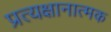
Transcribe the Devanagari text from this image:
प्रत्यक्षानात्मक